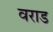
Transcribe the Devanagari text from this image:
वराड